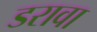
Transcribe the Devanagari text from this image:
डरावा